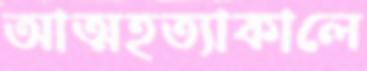
আত্মহত্যাকালে